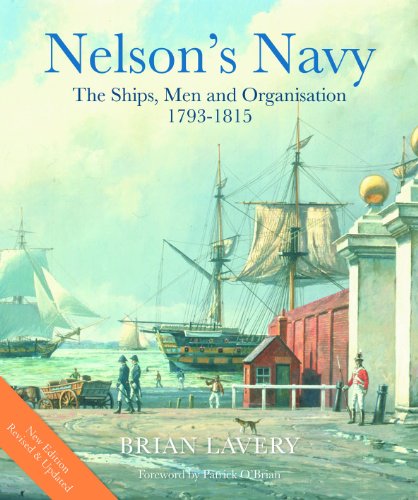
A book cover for Nelson's Navy, Revised and Updated: The Ships, Men, and Organization, 1793-1815; Brian Lavery; Arts & Photography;